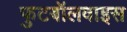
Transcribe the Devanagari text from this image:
फुटबॉलवाइस